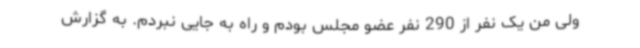
ولی من یک نفر از 290 نفر عضو مجلس بودم و راه به جایی نبردم. به گزارش